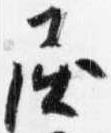
屈